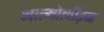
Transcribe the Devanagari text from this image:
आत्मोत्पीड़न